Problem: 3 × 4 = ?
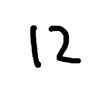
Handwritten answer: 12